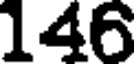
146